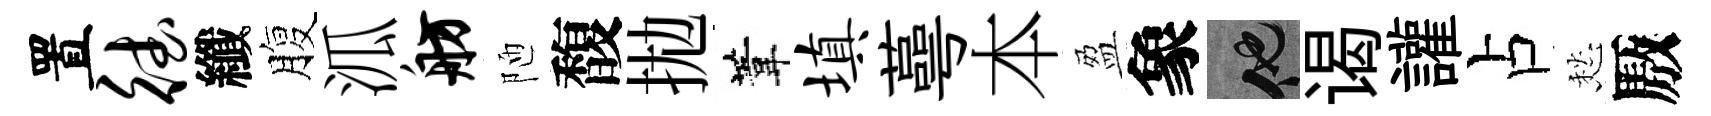
置德纖腹泒舫陋馥拋葦填蕚本盈象他谒讙占愁厫